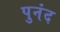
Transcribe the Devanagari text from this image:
पुनंद